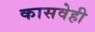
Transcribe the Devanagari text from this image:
कासवेही